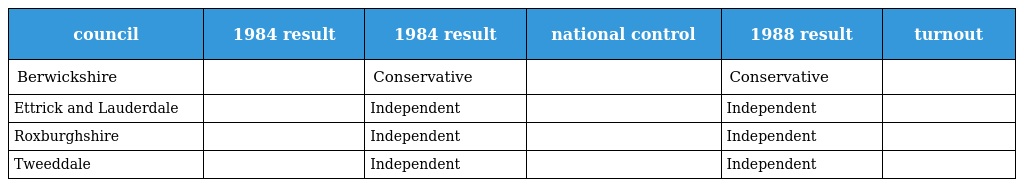
| council | 1984 result | 1984 result | national control | 1988 result | turnout |
 | --- | --- | --- | --- | --- | --- |
 | Berwickshire |  | Conservative |  | Conservative |  |
 | Ettrick and Lauderdale |  | Independent |  | Independent |  |
 | Roxburghshire |  | Independent |  | Independent |  |
 | Tweeddale |  | Independent |  | Independent |  |